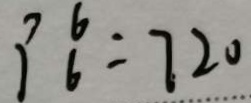
P _ { 6 } ^ { 6 } = 7 2 0